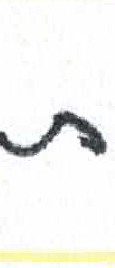
אות: ת